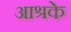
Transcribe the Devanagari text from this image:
आश्रके